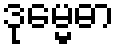
ဒုမ္မေဓာ